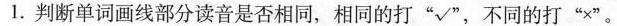
1.判断单词画线部分读音是否相同，相同的打“√”不同的打“×”。